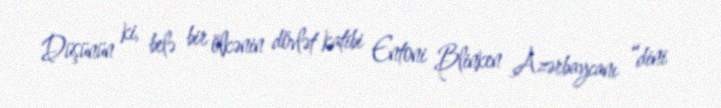
Düşünün ki, belə bir ölkənin dövlət katibi Entoni Blinken Azərbaycanı “dini